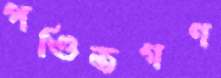
পণ্ডিতগণ